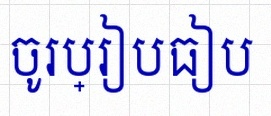
ចូរប្រៀបធៀប